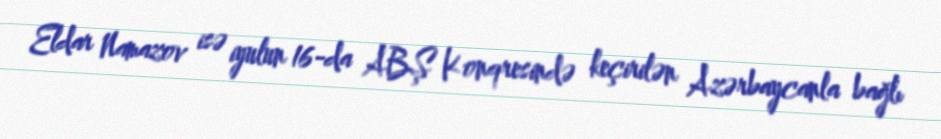
Eldar Namazov isə iyulun 16-da ABŞ Konqresində keçirilən Azərbaycanla bağlı